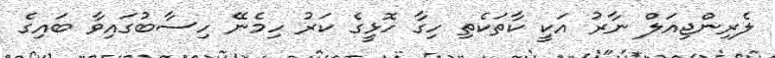
ލެރިންޖިއަލް ނާރު އަކީ ކާތަކެތި ހިގާ ހޮޅީގެ ކަރު ހިމެނޭ ހިސާބުގައިވާ ބައިގެ